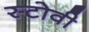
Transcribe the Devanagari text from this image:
स्टोवी